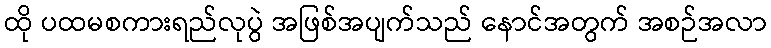
ထို ပထမစကားရည်လုပွဲ အဖြစ်အပျက်သည် နောင်အတွက် အစဉ်အလာ